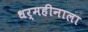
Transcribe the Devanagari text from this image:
धर्महीनाला